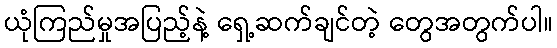
ယုံကြည်မှုအပြည့်နဲ့ ရှေ့ဆက်ချင်တဲ့ တွေအတွက်ပါ။